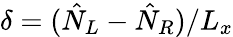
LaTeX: \delta=(\hat{N}_{L}-\hat{N}_{R})/L_{x}